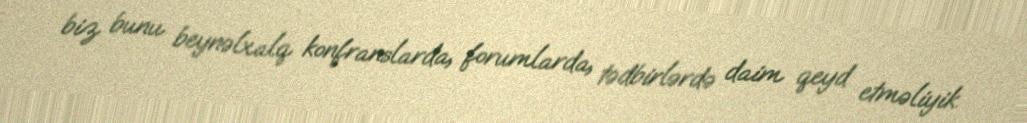
biz bunu beynəlxalq konfranslarda, forumlarda, tədbirlərdə daim qeyd etməliyik.